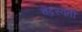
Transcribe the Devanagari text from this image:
चंद्रस्वती